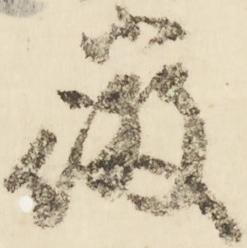
微